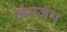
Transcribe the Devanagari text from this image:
जंगजंग